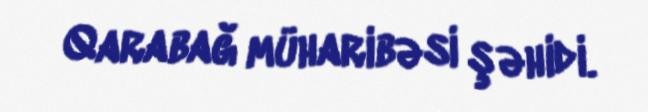
Qarabağ müharibəsi şəhidi.